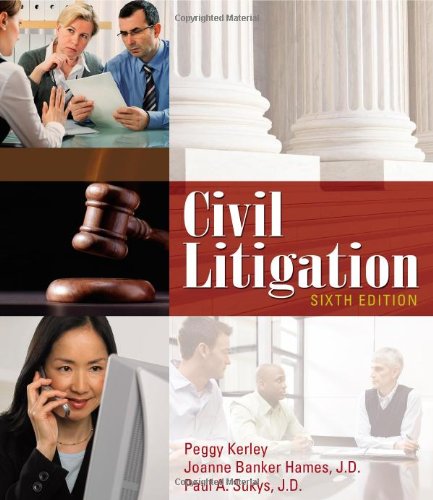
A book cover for Civil Litigation; Peggy Kerley; Law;